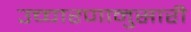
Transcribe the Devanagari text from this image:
उच्चारणानुसारी